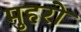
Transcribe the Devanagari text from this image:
मुहरो